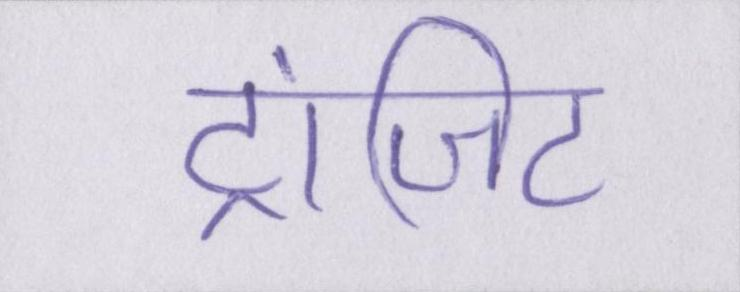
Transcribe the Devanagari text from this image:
ट्रांजिट